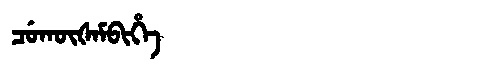
Manchu: ᠴᡠᡴᡡᡧᠠᠮᠪᡳᡥᡝ
Romanization: CUKŪŠAMBIHE